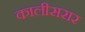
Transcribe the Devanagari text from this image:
कालीसरार